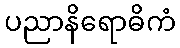
ပညာနိရောဓိကံ